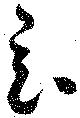
玄